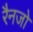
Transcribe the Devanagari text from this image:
रैनजो